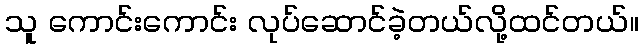
သူ ကောင်းကောင်း လုပ်ဆောင်ခဲ့တယ်လို့ထင်တယ်။